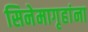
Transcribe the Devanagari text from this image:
सिनेमागृहांना